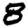
Digit: 8